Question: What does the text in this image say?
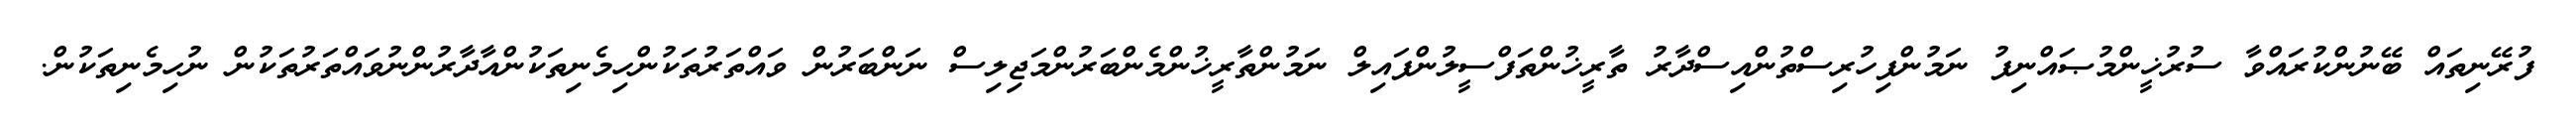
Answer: ފުރޭނިތައް ބޭނުންކުރައްވާ ސުރުޚީންމުޞައްނިފު ނަމުންފިހުރިސްތުންއިސްދާރު ތާރީޚުންތަފްސީލުންފައިލް ނަމުންތާރީޚުންމެންބަރުންމަޖިލިސް ނަންބަރުން ވައްތަރުތަކުންހިމެނިތަކުންއާދާރުންނުވައްތަރުތަކުން ނުހިމެނިތަކުން.